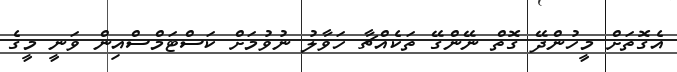
އެގޮތަށް މީހުންދޭ ގޮތް ނޭންގޭ ތަކެއްޗާ ހަވާލު ނުވުމަށް ކަސްޓަމްސްއިން ވަނީ މީގެ